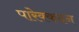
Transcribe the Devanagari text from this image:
पारेक्कदन